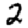
Digit: 2